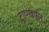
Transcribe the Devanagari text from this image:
ट्राय्ग्ग्वासन